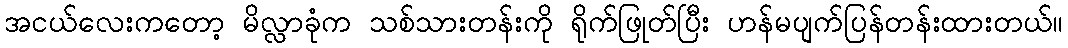
အငယ်လေးကတော့ မိလ္လာခုံက သစ်သားတန်းကို ရိုက်ဖြုတ်ပြီး ဟန်မပျက်ပြန်တန်းထားတယ်။